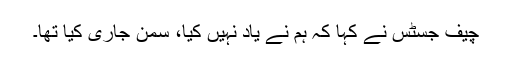
چیف جسٹس نے کہا کہ ہم نے یاد نہیں کیا، سمن جاری کیا تھا۔